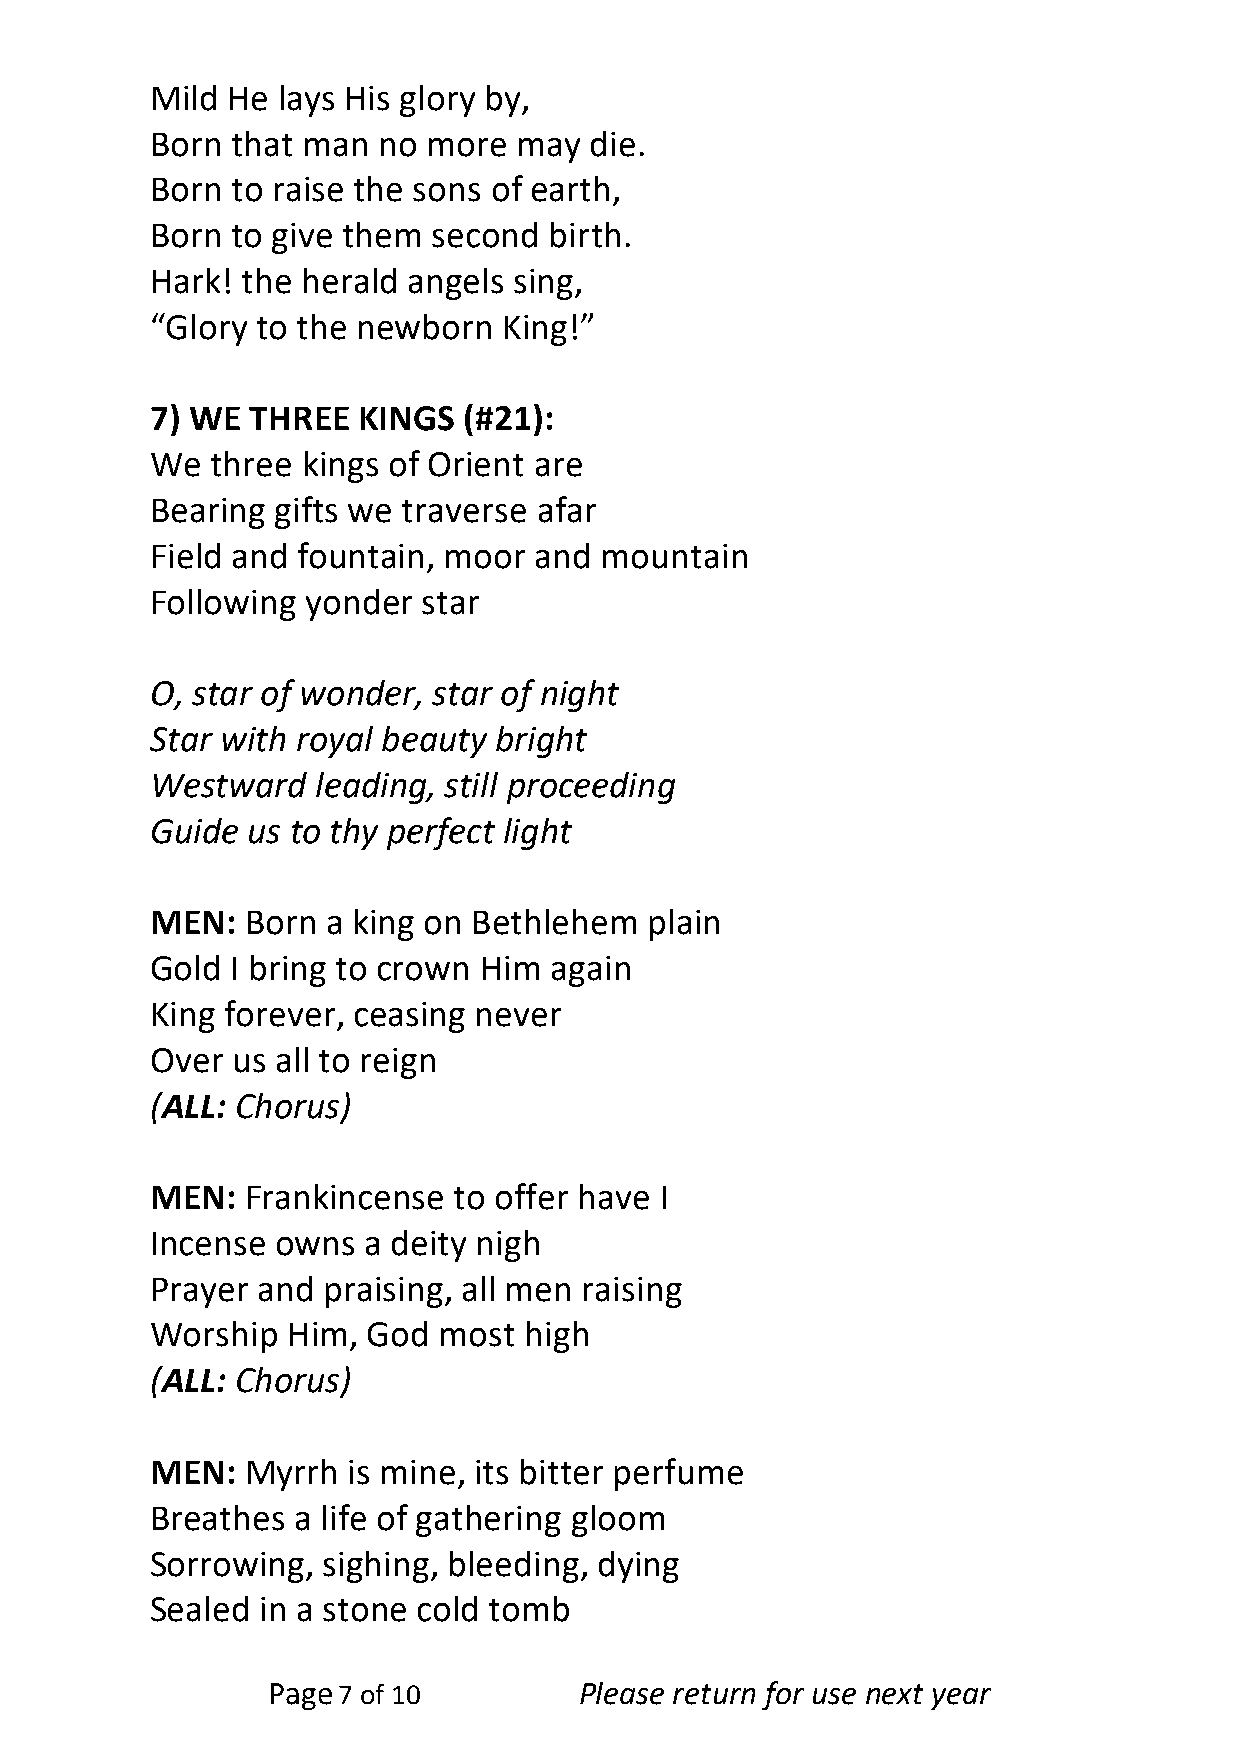
Mild He lays His glory by,
 Born that man  no more  may  die.
 Born to raise the sons of earth,
 Born to give them  second birth.
 Hark! the herald angels sing,
 “Glory to the newborn  King!”
 7) WE  THREE  KINGS  (#21):
 We  three kings of Orient are
 Bearing gifts we traverse afar
 Field and fountain, moor and  mountain
 Following yonder  star
 O, star of wonder, star of night
 Star with royal beauty bright
 Westward   leading, still proceeding
 Guide us to thy perfect light
 MEN:  Born  a king on Bethlehem  plain
 Gold I bring to crown Him again
 King forever, ceasing never
 Over us all to reign
 (ALL: Chorus)
 MEN:  Frankincense  to offer have I
 Incense owns  a deity nigh
 Prayer and praising, all men raising
 Worship  Him, God  most  high
 (ALL: Chorus)
 MEN:  Myrrh  is mine, its bitter perfume
 Breathes a life of gathering gloom
 Sorrowing, sighing, bleeding, dying
 Sealed in a stone cold tomb
 Page7 of 10         Please return for use next year